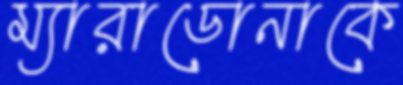
ম্যারাডোনাকে